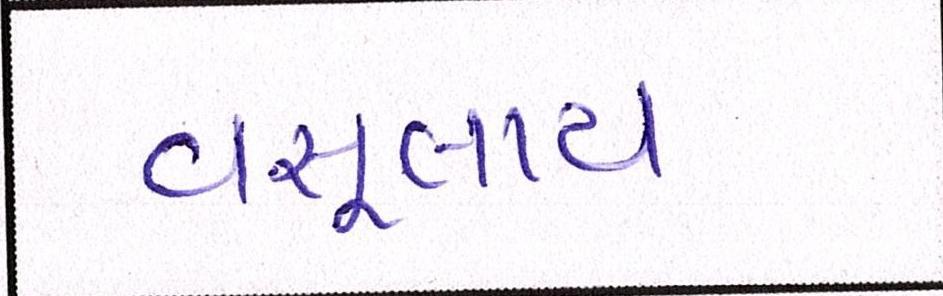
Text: વસૂલાય